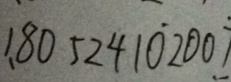
1 . 8 0 5 2 4 1 \dot { 0 } 2 0 0 \dot { 7 }